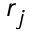
r _ { j }